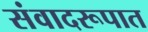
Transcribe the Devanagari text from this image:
संवादरूपात